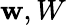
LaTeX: \mathbf{w},W